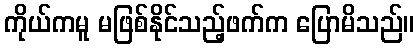
ကိုယ်ကမူ မဖြစ်နိုင်သည့်ဖက်က ပြောမိသည်။